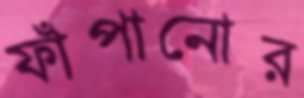
ফাঁপানোর